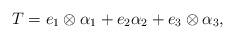
LaTeX: \begin{align*}T = e_1 \otimes \alpha_1 + e_2 \alpha_2 + e_3 \otimes \alpha_3,\end{align*}